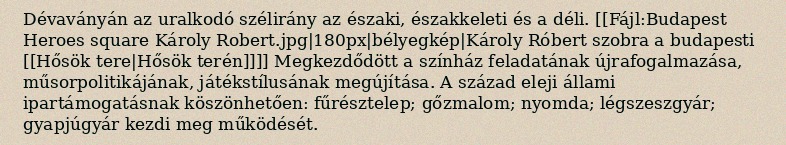
Dévaványán az uralkodó szélirány az északi, északkeleti és a déli. [[Fájl:Budapest Heroes square Károly Robert.jpg|180px|bélyegkép|Károly Róbert szobra a budapesti [[Hősök tere|Hősök terén]]]] Megkezdődött a színház feladatának újrafogalmazása, műsorpolitikájának, játékstílusának megújítása. A század eleji állami ipartámogatásnak köszönhetően: fűrésztelep; gőzmalom; nyomda; légszeszgyár; gyapjúgyár kezdi meg működését.